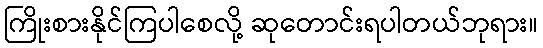
ကြိုးစားနိုင်ကြပါစေလို့ ဆုတောင်းရပါတယ်ဘုရား။